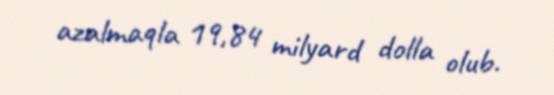
azalmaqla 19,84 milyard dolla olub.